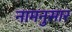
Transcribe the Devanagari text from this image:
नामनुसार